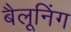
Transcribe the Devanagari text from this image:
बैलूनिंग